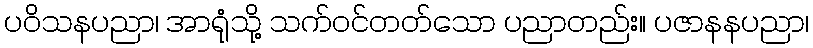
ပဝိသနပညာ၊ အာရုံသို့ သက်ဝင်တတ်သော ပညာတည်း။ ပဇာနနပညာ၊